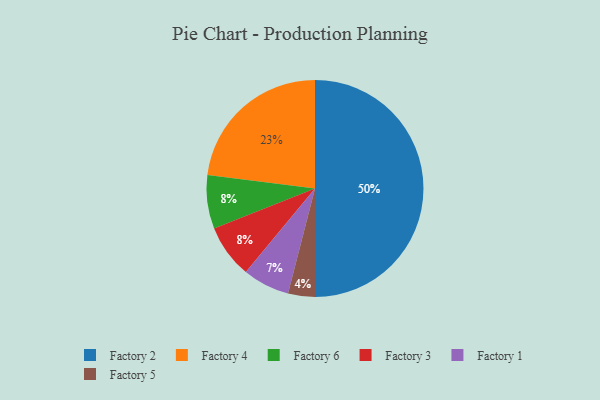
{"axis": {"x": "Category", "y": "Percentage"}, "legend": ["Factory 1", "Factory 2", "Factory 3", "Factory 4", "Factory 5", "Factory 6"], "data": [{"x": "Factory 4", "y": 23, "type": "Factory 4"}, {"x": "Factory 5", "y": 4, "type": "Factory 5"}, {"x": "Factory 6", "y": 8, "type": "Factory 6"}, {"x": "Factory 2", "y": 50, "type": "Factory 2"}, {"x": "Factory 1", "y": 7, "type": "Factory 1"}, {"x": "Factory 3", "y": 8, "type": "Factory 3"}]}